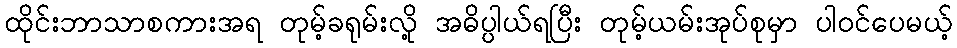
ထိုင်းဘာသာစကားအရ တုမ့်ခရုမ်းလို့ အဓိပ္ပါယ်ရပြီး တုမ့်ယမ်းအုပ်စုမှာ ပါဝင်ပေမယ့်